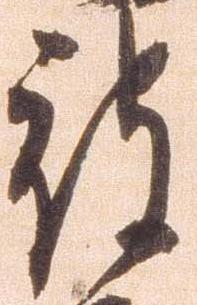
被